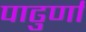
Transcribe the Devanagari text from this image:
पाढुर्णा